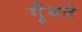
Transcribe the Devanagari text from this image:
गूँधते